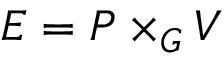
E = P \times _ { G } V